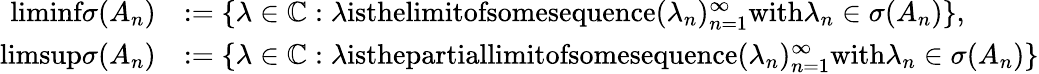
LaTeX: \begin{array}{rl}{\textrm{liminf}\sigma(A_{n})}&{:=\{ \lambda\in\mathbb{C}:\lambda\textrm{isthelimitofsomesequence}(\lambda_{n})_{n=1}^{\infty}\textrm{with}\lambda_{n}\in\sigma(A_{n})\} ,}\\ {\textrm{limsup}\sigma(A_{n})}&{:=\{ \lambda\in\mathbb{C}:\lambda\textrm{isthepartiallimitofsomesequence}(\lambda_{n})_{n=1}^{\infty}\textrm{with}\lambda_{n}\in\sigma(A_{n})\} }\end{array}